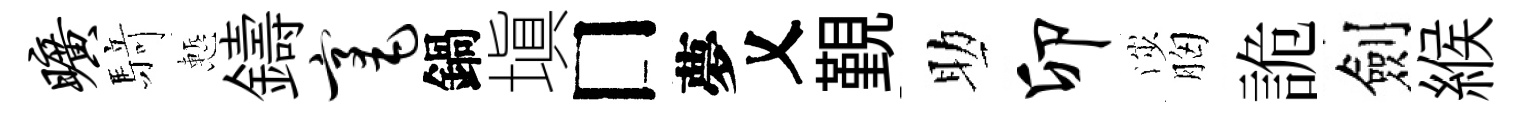
旷𮪍慙鑄毫鍋塡□夢乂覲助卯渉胸詭劍緱